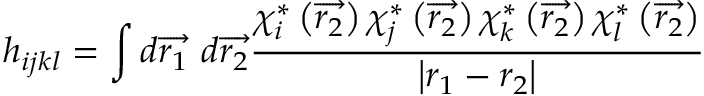
h _ { i j k l } = \int d \overrightarrow { r _ { 1 } } \ d \overrightarrow { r _ { 2 } } \frac { \chi _ { i } ^ { * } \left( \overrightarrow { r _ { 2 } } \right) \chi _ { j } ^ { * } \left( \overrightarrow { r _ { 2 } } \right) \chi _ { k } ^ { * } \left( \overrightarrow { r _ { 2 } } \right) \chi _ { l } ^ { * } \left( \overrightarrow { r _ { 2 } } \right) } { \left| r _ { 1 } - r _ { 2 } \right| }